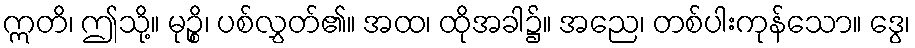
ဣတိ၊ ဤသို့။ မုဉ္စိ၊ ပစ်လွှတ်၏။ အထ၊ ထိုအခါ၌။ အညေ၊ တစ်ပါးကုန်သော။ ဒွေ၊